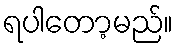
ရပါတော့မည်။